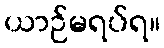
ယာဉ်မရပ်ရ။